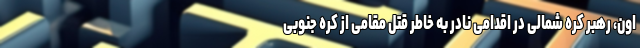
اون، رهبر کره شمالی در اقدامی نادر به خاطر قتل مقامی از کره جنوبی